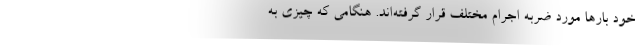
خود بارها مورد ضربه اجرام مختلف قرار گرفته‌اند. هنگامی که چیزی به